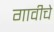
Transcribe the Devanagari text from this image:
गावीचे